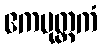
ဧကပုတ္တကံ